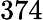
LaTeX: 374